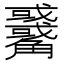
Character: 𧥑